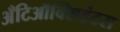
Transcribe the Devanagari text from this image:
अँटिऑक्सिडंटस